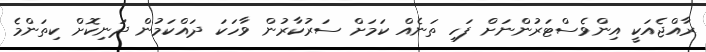
ރާއްޖެއަކީ އިންވެސްޓަރުންނަށް ފަހި ތަނެއް ކަމަށް ސަރުކާރުން ވާހަކަ ދައްކަމުން ދަނިކޮށް ކިތަންމެ